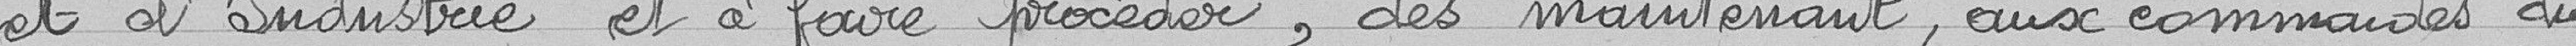
et d'Industrie et à faire procéder, dès maintenant, aux commandes du